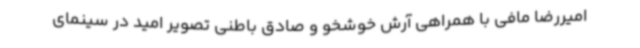
امیررضا مافی با همراهی آرش خوشخو و صادق باطنی تصویر امید در سینمای